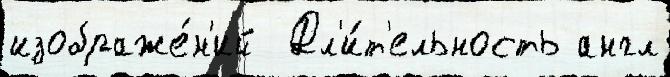
изображе́н'ий  Дл'и́т'ельность англ